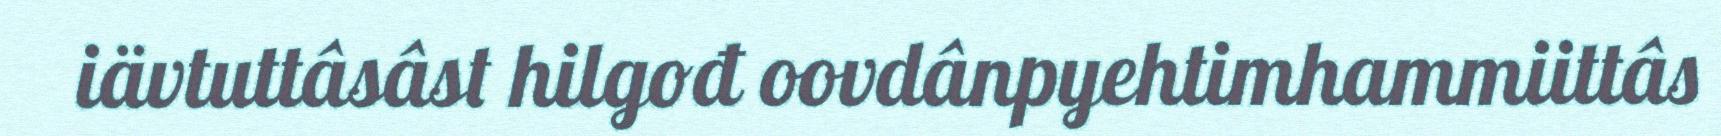
iävtuttâsâst hilgođ oovdânpyehtimhammiittâs